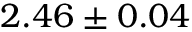
2 . 4 6 \pm 0 . 0 4